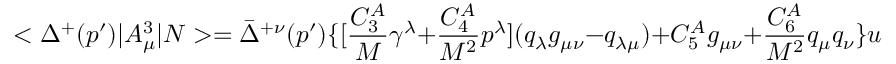
< \Delta ^ { + } ( p ^ { \prime } ) | A _ { \mu } ^ { 3 } | N > = \bar { \Delta } ^ { + \nu } ( p ^ { \prime } ) \{ [ { \frac { C _ { 3 } ^ { A } } { M } } \gamma ^ { \lambda } + { \frac { C _ { 4 } ^ { A } } { M ^ { 2 } } } p ^ { \lambda } ] ( q _ { \lambda } g _ { \mu \nu } - q _ { \lambda \mu } ) + C _ { 5 } ^ { A } g _ { \mu \nu } + { \frac { C _ { 6 } ^ { A } } { M ^ { 2 } } } q _ { \mu } q _ { \nu } \} u ( p )